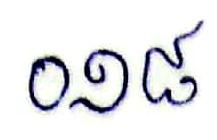
០១៨